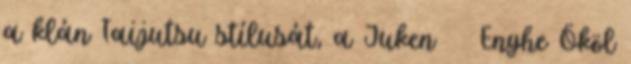
a klán Taijutsu stílusát, a Juken Enyhe Ököl